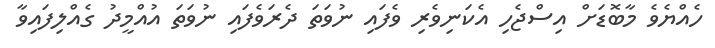
ހެއްޔެވެ މާބޮޑަށް އިސްޖެހި އެކަނިވެރި ވެފައި ނުވަތަ ދެރަވެފައި ނުވަތަ އުއްމީދު ގެއްލިފައިވާ